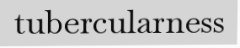
tubercularness